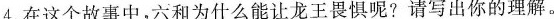
4.在这个故事中，六和为什么能让龙王畏惧呢?请写出你的理解。